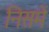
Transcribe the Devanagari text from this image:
निसमें